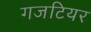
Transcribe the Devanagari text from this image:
गजटियर